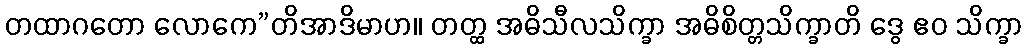
တထာဂတော လောကေ”တိအာဒိမာဟ။ တတ္ထ အဓိသီလသိက္ခာ အဓိစိတ္တသိက္ခာတိ ဒွေ ဧဝ သိက္ခာ